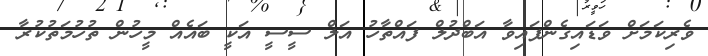
ވެރިކަމަށް ވަޑައިގެންފައިވާ އަބްދުލް ފައްތާހު އަލް ސީސީ އަކީ ބައެއް މީހުން ތުހުމަތުކުރާ